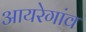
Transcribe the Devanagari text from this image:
आयरेगांव